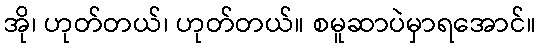
အို၊ ဟုတ်တယ်၊ ဟုတ်တယ်။ စမူဆာပဲမှာရအောင်။